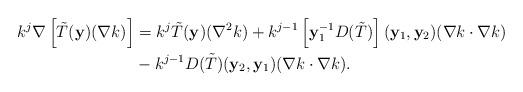
LaTeX: \begin{align*} k^j \nabla \left[ \tilde{T}(\mathbf y) (\nabla k) \right] &= k^j \tilde T(\mathbf y)(\nabla^2 k) + k^{j-1} \left[ \mathbf y_1^{-1} D(\tilde T) \right] (\mathbf y_1, \mathbf y_2) (\nabla k \cdot \nabla k) \\ &- k^{j-1} D(\tilde T) (\mathbf y_2, \mathbf y_1) (\nabla k \cdot \nabla k).\end{align*}